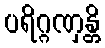
ပရိဂ္ဂဏှန္တိ